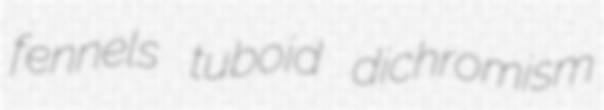
fennels tuboid dichromism